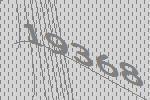
19368